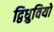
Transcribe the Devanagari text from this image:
द्विध्रुवियों